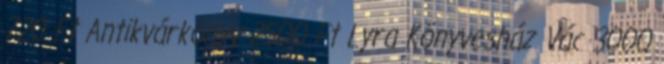
720 Ft Antikvárkönyv 2500 Ft Lyra Könyvesház Vác 3000